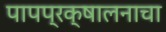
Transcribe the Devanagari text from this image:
पापप्रक्षालनाचा